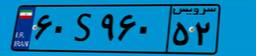
۶۰S۹۶۰۵۲